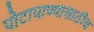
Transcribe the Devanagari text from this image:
पोटापाण्यासाठीच